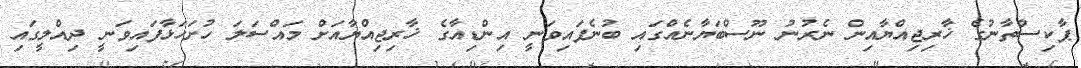
ޕާކިސްތާނުގެ ޚާރިޖިއްޔާއިން ނެރުނު ނޫސްބަޔާނެއްގައި ބުނެފައިވަނީ އިންޑިއާގެ ޚާރިޖިއްޔާއަށް މައްސަލަ ހުށަހަޅާފައިވަނީ ދިއްލީގައި